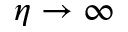
\eta \rightarrow \infty